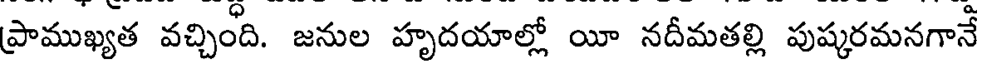
ప్రాముఖ్యత వచ్చింది. జనుల హృదయాల్లో యీ నదీమతల్లి పుష్కరమనగానే